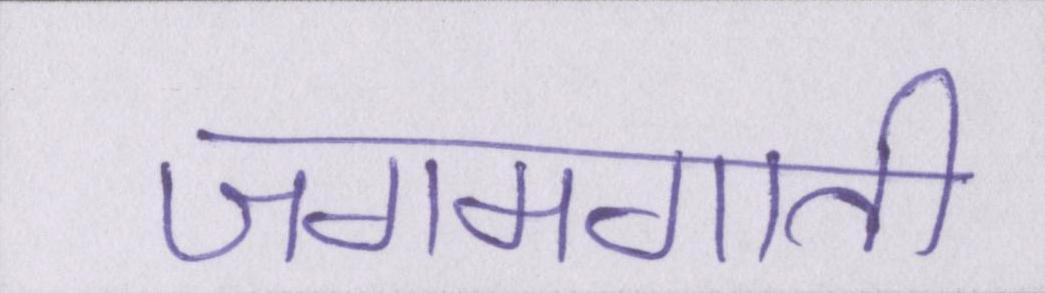
जगमगाती